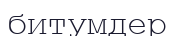
битумдер